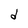
Character: d